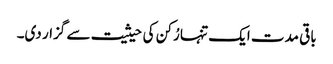
باقی مدت ایک تنہا رُکن کی حیثیت سے گزار دی۔